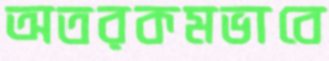
অতরকমভাবে